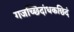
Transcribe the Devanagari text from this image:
गजच्छिदांधकछिदं